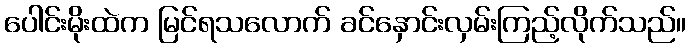
ပေါင်းမိုးထဲက မြင်ရသလောက် ခင်နှောင်းလှမ်းကြည့်လိုက်သည်။